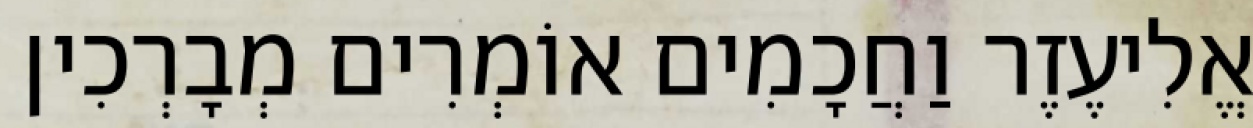
אֱלִיעֶזֶר וַחֲכָמִים אוֹמְרִים מְבָרְכִין